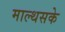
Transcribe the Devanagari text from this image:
माल्थसके